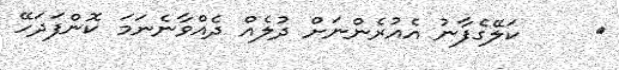
٩     ކަލޭގެފާނު އެއުރެންނަށް ދުލެއް ދެއްވާނެނަމަ ކޮންފަދަހޭ